Annual report on the working of the mental hospitals in the Madras Presidency - 1912-1932
Year: 1912
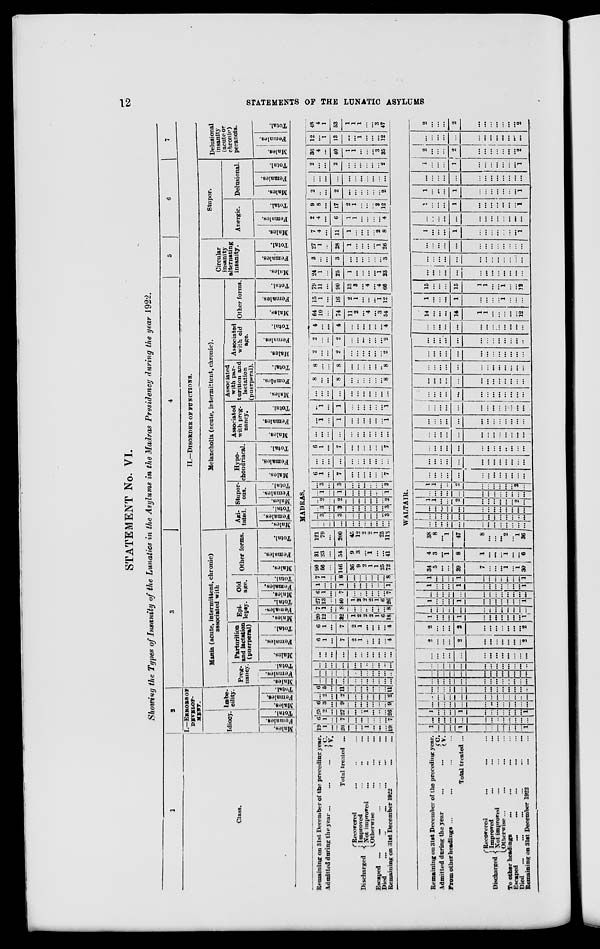
12
STATEMENTS OF THE LUNATIC ASYLUMS
STATEMENT No. VI.
Showing the Types of Insanity of the Lunatics in the Asylums in the Madras Presidency during the year 1922.
1
Class.
Remaining on 31st December of the preceding year.
Admitted during the year
...
...
...
C. V.
Total treated ...
Discharged
Recovered ... ... ...
Improved ... ... ...
Not improved ... ... ...
Otherwise ... ... ...
Escaped
...
...
...
...
...
...
Died
...
...
...
...
...
...
Remaining on 31st December 1922
...
...
2
I.—ERRORS OF
DEVELOP-
MENT.
Idiocy.
Males.
Females.
Total.
Imbe-
cility.
Males.
Females.
Total.
3
4
5
6
7
II.—DISORDER OF FUNCTIONS.
Mania (acute, intermittent, chronic)
associated with
Preg-
nancy.
Males.
Females.
Total.
Parturition
and lactation
(puerperal)
Males.
Females.
Total.
Epi-
lepsy.
Males.
Females.
Total.
Old
age.
Males.
Females.
Total.
Other forms.
Males.
Females.
Total.
Melancholia (acute, intermittent, chronic).
Agi-
tated.
Males.
Females.
Total.
Stupor-
ous.
Males.
Females.
Total.
Hypo-
chondriacal.
Males.
Females.
Total.
Associated
with preg-
nancy.
Males.
Females.
Total.
Associated
with par-
turition and
lactation
(puerperal).
Males.
Females.
Total.
Associated
with old
age.
Males.
Females.
Total.
Other forms.
Males.
Females.
Total.
Circular
insanity
alternating
insanity.
Males.
Females.
Total.
Stupor.
Anergic.
Males.
Females.
Total.
Delusional.
Males.
Females.
Total.
Delusional
insanity
(acute or
chronic)
peranoia.
Males.
Females.
Total.
MADRAS.
19
1
...
20
...
...
1
...
...
...
19
6
1
...
7
...
...
...
...
...
...
7
25
2
...
27
...
...
1
...
...
...
26
6
3
...
9
...
...
...
...
...
...
9
...
2
...
2
...
...
...
...
...
...
2
6
5
...
11
...
...
...
...
...
...
11
...
...
...
...
...
...
...
...
...
...
...
...
...
...
...
...
...
...
...
...
...
...
...
...
...
...
...
...
...
...
...
...
...
...
...
...
...
...
...
...
...
...
...
...
6
1
...
7
2
1
...
...
...
...
4
6
1
...
7
2
1
...
...
...
...
4
20
12
...
32
1
2
2
2
1
6
18
7
1
...
8
...
...
...
...
...
...
8
27
13
...
40
1
2
2
2
1
6
26
6 1
...
7
...
...
...
...
...
...
7
1
...
...
1
...
...
...
...
...
...
1
7
1
...
8
...
...
...
...
...
...
8
90
56
...
146
36
9
2
1
1
25
72
31
23
...
54
9
3
...
1
...
...
41
121
79
...
200
45
12
2
2
1
25
113
...
...
...
...
...
...
...
...
...
...
...
...
3
...
3
...
...
...
...
...
...
3
...
3
...
3
...
...
...
...
...
...
3
...
2
...
2
...
...
...
...
...
...
2
...
1
...
1
...
...
...
...
...
...
1
...
3
...
3
...
...
...
...
...
...
3
6
1
...
7
...
...
...
...
...
...
7
...
...
...
...
...
...
...
...
...
...
...
6
1
...
7
...
...
...
...
...
...
7
...
...
...
...
...
...
...
...
...
...
...
...
1
...
1
...
...
...
...
...
...
1
...
1
...
1
...
...
...
...
...
...
1
...
...
...
...
...
...
...
...
...
...
...
8
...
...
8
...
...
...
...
...
...
8
8
...
...
8
...
...
...
...
...
...
8
2
...
...
2
...
...
...
...
...
...
2
2
...
...
2
...
...
...
...
...
...
2
4
...
...
4
...
...
...
...
...
...
4
64
10
...
74
11
2
...
4
...
3
54
15
1
...
16
2
1
...
...
...
1
12
79
11
...
90
13
3
...
4
...
4
66
24
1
...
25
1
...
...
...
...
1
23
3
...
...
3
...
...
...
...
...
...
3
27
1
...
28
1
...
...
...
...
1
26
7
4
...
11
1
...
...
...
...
2
8
2
4
...
6
1
1
...
...
...
...
4
9
8
...
17
2
1
...
...
...
2
12
2
...
...
2
...
...
...
...
...
...
2
...
...
...
...
...
...
...
...
...
...
...
2
...
...
2
...
...
...
...
...
...
2
36
4
...
40
1
1
...
...
...
3
35
12
...
1
13
...
...
1
...
...
...
12
48
4
1
53
1
1
1
...
...
3
47
Remaining on 31st December of the preceding year.
Admitted during the year ... ...
C.
V.
From other headings ... ... ... ...
Total treated ...
Discharged
Recovered ... ... ...
Improved
...
...
...
Not improved ... ... ...
Otherwise ... ... ... ...
To other headings ... ... ... ...
Escaped
...
...
...
...
...
Died ... ... ... ... ... ...
Remaining on 31st December 1922 ... ...
WALTAIR.
1
...
...
...
1
...
...
...
...
...
...
...
1
...
...
...
...
...
...
...
...
...
...
...
...
...
1
...
...
...
1
...
...
...
...
...
...
...
1
...
...
...
...
...
...
...
...
...
...
...
...
...
...
...
...
...
...
...
...
...
...
...
...
...
...
...
...
...
...
...
...
...
...
...
...
...
...
...
...
...
...
...
...
...
...
...
...
...
...
...
...
...
...
...
...
...
...
...
...
...
...
...
...
...
...
...
...
...
...
...
...
...
...
...
...
...
...
...
...
...
...
...
...
...
...
...
...
...
...
...
2
...
...
...
2
...
...
...
...
...
...
...
2
2
...
...
...
2
...
...
...
...
...
...
...
2
1
...
...
...
1
...
...
...
...
...
...
...
1
...
...
...
...
...
...
...
...
...
...
...
...
...
1
...
...
...
1
...
...
...
...
...
...
...
1
...
...
...
...
...
...
...
...
...
...
...
...
...
1
...
...
...
1
...
...
...
...
...
...
...
1
1
...
...
...
1
...
...
...
...
...
...
...
1
34
5
...
...
39
7
...
...
...
1
...
1
30
4
3
...
1
8
1
...
...
...
1
...
...
6
38
8
... 1
47
8
...
...
...
2
...
1
36
...
...
...
...
...
...
...
...
...
...
...
...
...
...
...
...
...
...
...
...
...
...
...
...
...
...
...
...
...
...
...
...
...
...
...
...
...
...
...
1
1
...
...
2
...
...
...
...
...
...
2
...
...
...
...
...
...
...
...
...
...
...
...
...
...
1
1
...
...
2
...
...
...
...
...
...
2
...
...
...
...
...
...
...
...
...
...
...
...
...
...
...
...
...
...
...
...
...
...
...
...
...
...
...
...
...
...
...
...
...
...
...
...
...
...
...
...
...
...
...
...
...
...
...
...
...
...
...
...
...
...
...
...
...
...
...
...
...
...
...
...
...
...
...
...
...
...
...
...
...
...
...
...
...
...
...
...
...
...
...
...
...
...
...
...
...
...
...
...
...
...
...
...
...
...
...
...
...
...
...
...
...
...
...
...
...
...
...
...
...
...
...
...
...
...
...
...
...
...
...
...
...
...
...
...
...
...
...
...
...
...
...
...
...
...
...
...
...
...
...
...
...
...
...
...
...
...
...
...
...
...
...
...
14
...
...
...
14
1
1
...
...
...
...
...
12
1
...
...
...
1
...
...
...
...
1
...
...
...
15
...
...
...
15
1
1
...
...
1
...
...
12
...
...
...
...
...
...
...
...
...
...
...
...
...
...
...
...
...
...
...
...
...
...
...
...
...
...
...
...
...
...
...
...
...
...
...
...
...
...
...
1
...
...
...
1
...
...
...
...
...
...
...
1
...
...
...
...
...
...
...
...
...
...
...
...
...
1
...
...
...
1
...
...
...
...
...
...
...
1
1
...
...
...
1
...
...
...
...
...
...
...
1
...
...
...
...
...
...
...
...
...
...
...
...
...
1
...
...
...
1
...
...
...
...
...
...
...
1
2
...
...
...
2
...
...
...
...
...
...
...
2
...
...
...
...
...
...
...
...
...
...
...
...
...
2
...
...
...
2
...
...
...
...
...
...
...
2